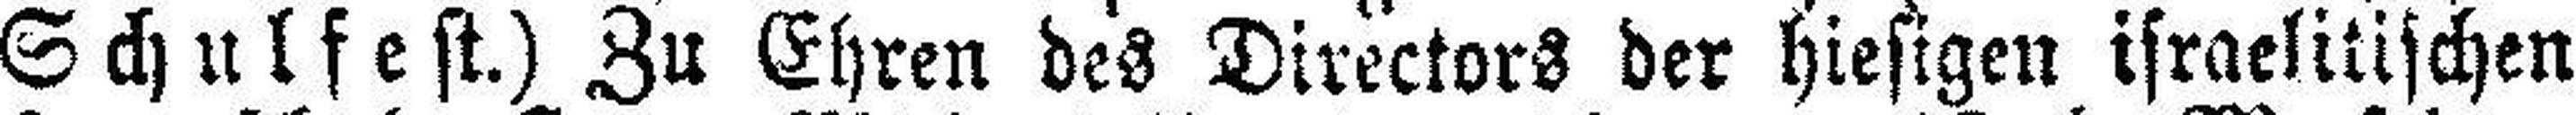
Schulfest.) Zu Ehren des Directors der hiesigen israelitischen